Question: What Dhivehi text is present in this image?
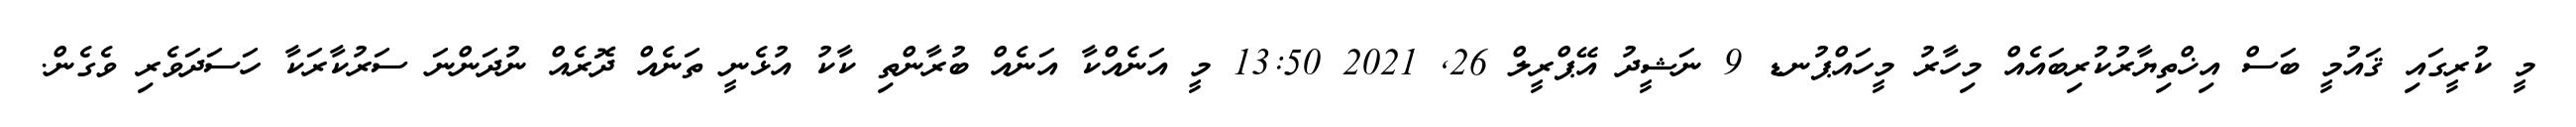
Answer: މީ ކުރީގައި ޤައުމީ ބަސް އިޚްތިޔާރުކުރިބައެއް މިހާރު މީހައްޕުނޑ 9 ނަޝީދު އޭޕްރީލް 26, 2021 13:50 މީ އަނެއްކާ އަނެއް ބުރާންތި ކާކު އުޅެނީ ތަނެއް ދޮރެއް ނުދަންނަ ސަރުކާރަކާ ހަސަދަވެރި ވެގެން.